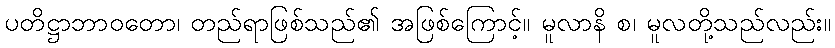
ပတိဋ္ဌာဘာဝတော၊ တည်ရာဖြစ်သည်၏ အဖြစ်ကြောင့်။ မူလာနိ စ၊ မူလတို့သည်လည်း။